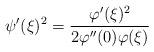
LaTeX: \begin{align*} \psi ' ( \xi ) ^ 2 = \frac { \varphi ' ( \xi ) ^ 2 } { 2 \varphi '' ( 0 ) \varphi ( \xi ) }\end{align*}